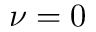
\nu = 0